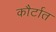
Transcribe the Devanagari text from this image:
कौर्टात